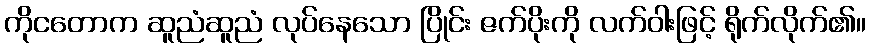
ကိုငတောက ဆူညံဆူညံ လုပ်နေသော ပြိုင်း ဇက်ပိုးကို လက်ဝါးဖြင့် ရိုက်လိုက်၏။